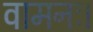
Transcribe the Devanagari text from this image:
वामनः।